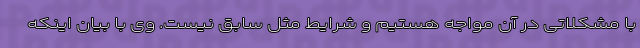
با مشکلاتی در آن مواجه هستیم و شرایط مثل سابق نیست. وی با بیان اینکه